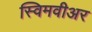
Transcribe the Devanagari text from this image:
स्विमवीअर